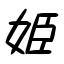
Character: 姫